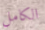
الكامل